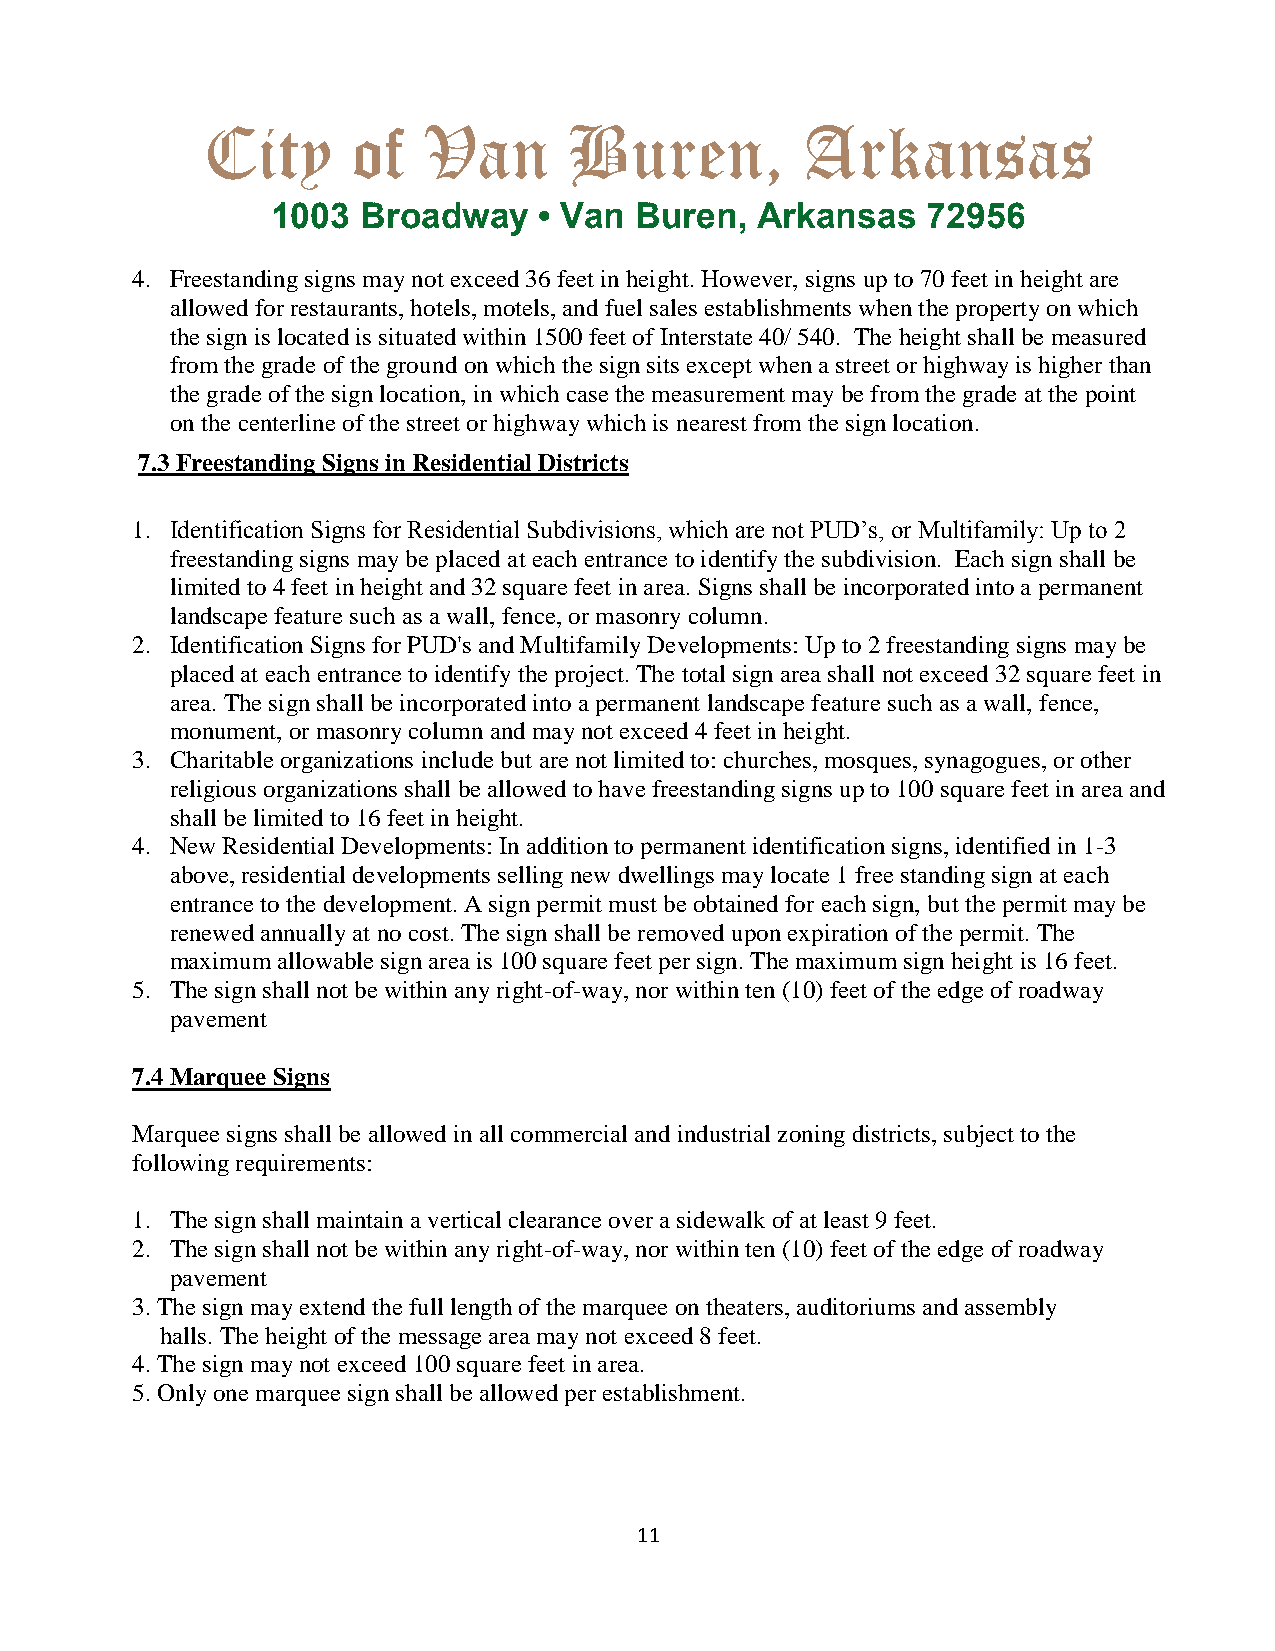
City      of   Van       Buren,         Arkansas
 1003  Broadway    • Van Buren,  Arkansas   72956
 4. Freestanding signs may not exceed 36 feet in height. However, signs up to 70 feet in height are
 allowed for restaurants, hotels, motels, and fuel sales establishments when the property on which
 the sign is located is situated within 1500 feet of Interstate 40/ 540. The height shall be measured
 from the grade of the ground on which the sign sits except when a street or highway is higher than
 the grade of the sign location, in which case the measurement may be from the grade at the point
 on the centerline of the street or highway which is nearest from the sign location.
 7.3 Freestanding Signs in Residential Districts
 1. Identification Signs for Residential Subdivisions, which are not PUD’s, or Multifamily: Up to 2
 freestanding signs may be placed at each entrance to identify the subdivision. Each sign shall be
 limited to 4 feet in height and 32 square feet in area. Signs shall be incorporated into a permanent
 landscape feature such as a wall, fence, or masonry column.
 2. Identification Signs for PUD's and Multifamily Developments: Up to 2 freestanding signs may be
 placed at each entrance to identify the project. The total sign area shall not exceed 32 square feet in
 area. The sign shall be incorporated into a permanent landscape feature such as a wall, fence,
 monument, or masonry column and may not exceed 4 feet in height.
 3. Charitable organizations include but are not limited to: churches, mosques, synagogues, or other
 religious organizations shall be allowed to have freestanding signs up to 100 square feet in area and
 shall be limited to 16 feet in height.
 4. New Residential Developments: In addition to permanent identification signs, identified in 1-3
 above, residential developments selling new dwellings may locate 1 free standing sign at each
 entrance to the development. A sign permit must be obtained for each sign, but the permit may be
 renewed annually at no cost. The sign shall be removed upon expiration of the permit. The
 maximum allowable sign area is 100 square feet per sign. The maximum sign height is 16 feet.
 5. The sign shall not be within any right-of-way, nor within ten (10) feet of the edge of roadway
 pavement
 7.4 Marquee Signs
 Marquee signs shall be allowed in all commercial and industrial zoning districts, subject to the
 following requirements:
 1. The sign shall maintain a vertical clearance over a sidewalk of at least 9 feet.
 2. The sign shall not be within any right-of-way, nor within ten (10) feet of the edge of roadway
 pavement
 3. The sign may extend the full length of the marquee on theaters, auditoriums and assembly
 halls. The height of the message area may not exceed 8 feet.
 4. The sign may not exceed 100 square feet in area.
 5. Only one marquee sign shall be allowed per establishment.
 11